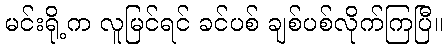
မင်းရို့က လူမြင်ရင် ခင်ပစ် ချစ်ပစ်လိုက်ကြပြီ။